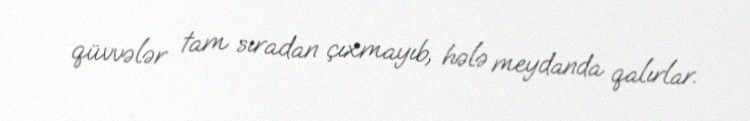
qüvvələr tam sıradan çıxmayıb, hələ meydanda qalırlar.